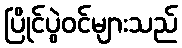
ပြိုင်ပွဲဝင်များသည်